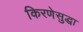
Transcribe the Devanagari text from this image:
किरणेसुद्धा